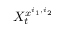
X _ { t } ^ { x ^ { i _ { 1 } , i _ { 2 } } }